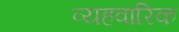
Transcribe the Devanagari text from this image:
व्यहवारिक